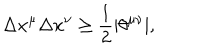
\Delta x ^ { \mu } \Delta x ^ { \nu } \ge { \frac { 1 } { 2 } } | \theta ^ { \mu \nu } | ,